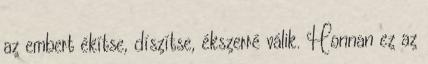
az embert ékítse, díszítse, ékszerré válik. Honnan ez az